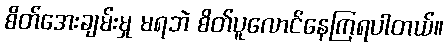
စိတ်အေးချမ်းမှု မရဘဲ စိတ်ပူလောင်နေကြရပါတယ်။